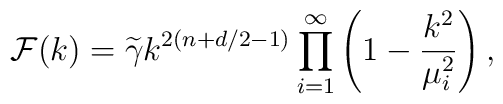
{\cal F}(k)={\widetilde \gamma}k^{2(n+d/2-1)}\prod_{i=1}^{\infty}\left(1-{k^{2}\over \mu_{i}^{2}}\right),